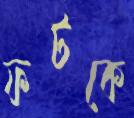
ফটকে